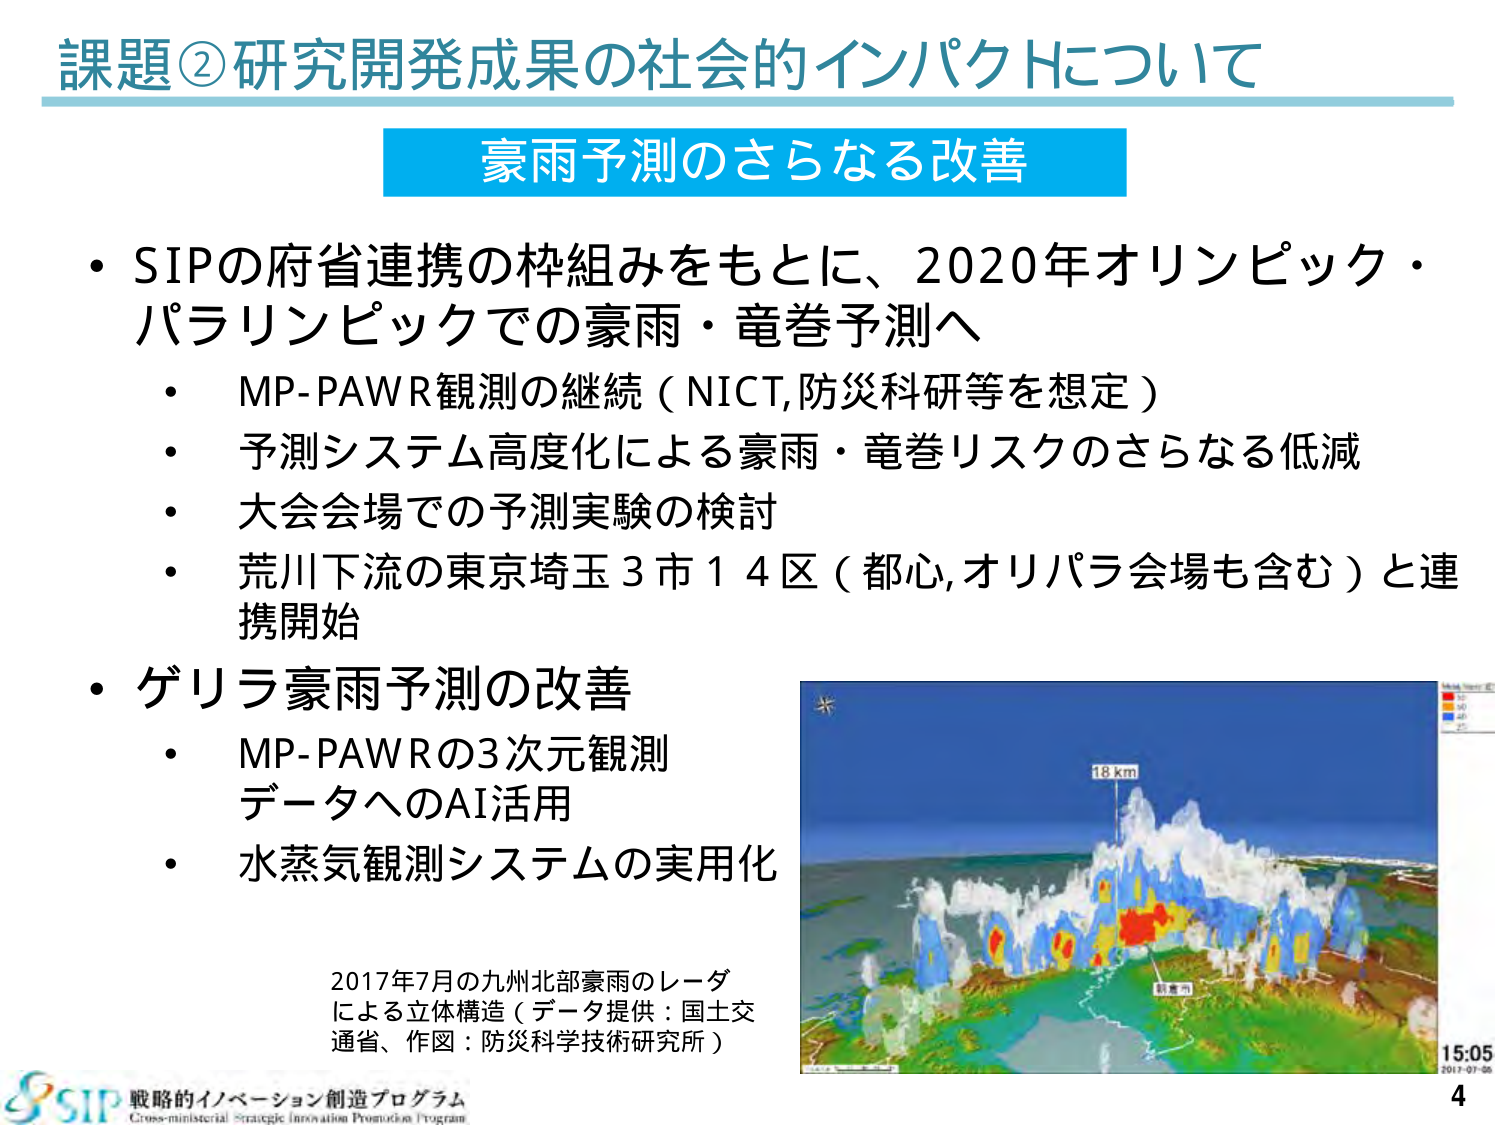
課題②研究開発成果の社会的インパクトについて

豪雨予測のさらなる改善

・SIPの府省連携の枠組みをもとに、2020年オリンピック・パラリンピックでの豪雨・竜巻予測へ
　・MP-PAWR観測の継続（NICT,防災科研等を想定）
　・予測システム高度化による豪雨・竜巻リスクのさらなる低減
　・大会会場での予測実験の検討
　・荒川下流の東京埼玉3市14区（都心,オリパラ会場も含む）と連携開始

・ゲリラ豪雨予測の改善
　・MP-PAWRの3次元観測データへのAI活用
　・水蒸気観測システムの実用化

2017年7月の九州北部豪雨のレーダによる立体構造（データ提供：国土交通省、作図：防災科学技術研究所）

SIP 戦略的イノベーション創造プログラム
Cross-ministerial Strategic Innovation Promotion Program

18 km
15:05
2017-07-06

4